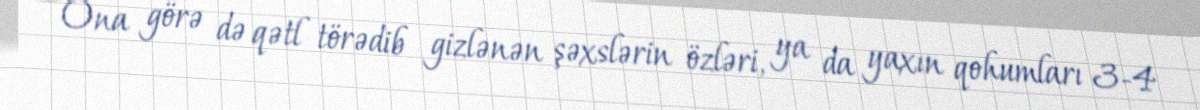
Ona görə də qətl törədib gizlənən şəxslərin özləri, ya da yaxın qohumları 3-4